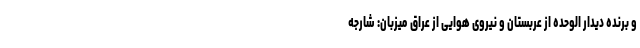
و برنده دیدار الوحده از عربستان و نیروی هوایی از عراق میزبان: شارجه